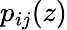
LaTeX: p_{ij}(z)